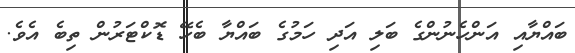
ބައްޔާއި އަންހެނުންގެ ބަލި އަދި ހަމުގެ ބައްޔާ ބެހޭ ޑޮކްޓަރުން ތިބެ އެވެ.